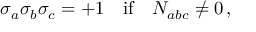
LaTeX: \sigma _ { a } \sigma _ { b } \sigma _ { c } = + 1 \quad \mathrm { i f } \quad N _ { a b c } \not = 0 \, ,